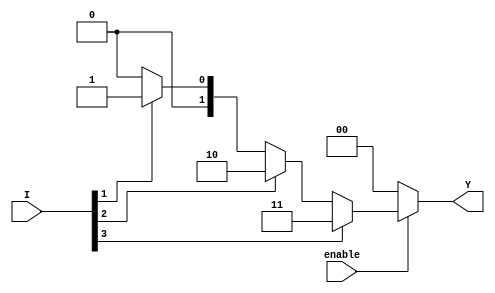
module encoder_4to2 (
    input wire [3:0] I,      // 4 input lines
    input wire enable,       // Enable signal
    output reg [1:0] Y       // 2 output lines
);

// Always block for encoding
always @(*) begin
    if (!enable) begin
        // If encoder is not enabled, output is set to 00
        Y = 2'b00;
    end else begin
        // Priority encoder logic
        case (1'b1) // Check for the highest priority active input
            I[3]: Y = 2'b11; // If I3 is active
            I[2]: Y = 2'b10; // If I2 is active
            I[1]: Y = 2'b01; // If I1 is active
            I[0]: Y = 2'b00; // If I0 is active
            default: Y = 2'b00; // Default case (no inputs active)
        endcase
    end
end

endmodule